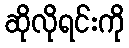
ဆိုလိုရင်းကို